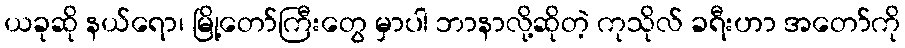
ယခုဆို နယ်ရော၊ မြို့တော်ကြီးတွေ မှာပါ ဘာနာလို့ဆိုတဲ့ ကုသိုလ် ခရီးဟာ အတော်ကို